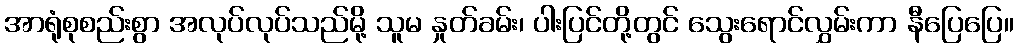
အာရုံစုစည်းစွာ အလုပ်လုပ်သည်မို့ သူမ နှုတ်ခမ်း၊ ပါးပြင်တို့တွင် သွေးရောင်လွှမ်းကာ နီပြေပြေ။